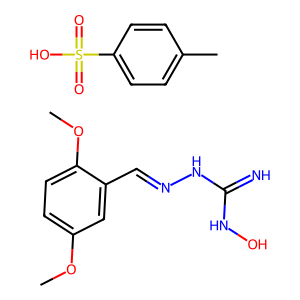
SMILES: COc1ccc(OC)c(C=NNC(=N)NO)c1.Cc1ccc(S(=O)(=O)O)cc1
Inhibits HIV replication: No